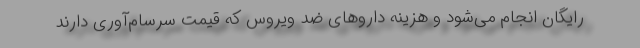
رایگان انجام می‌شود و هزینه داروهای ضد ویروس که قیمت سرسام‌آوری دارند